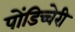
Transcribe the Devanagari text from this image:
पोंडिच्चेरी